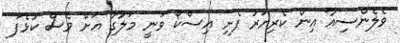
ވެލެންސިއާ އިން ކެރިޔަރު ފެށި އިސްކޯ ވަނީ މަލާގާ އަށް ވެސް ކުޅެފަ